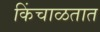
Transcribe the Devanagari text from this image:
किंचाळतात